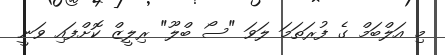
މި އަލްބަމް ގެ ފުރަތަމަ ލަވަ "ސޯ ބްލޫ" ރިލީޒް ކޮށްފައި ވަނީ